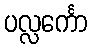
ပလ္လင်္ကော